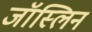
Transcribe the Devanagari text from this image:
जॉस्लिन